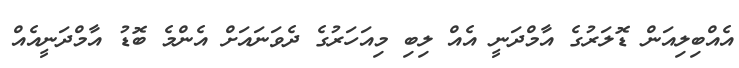
އެއްބިލިއަން ޑޮލަރުގެ އާމްދަނީ އެއް ލިބި މިއަހަރުގެ ދެވަނައަށް އެންމެ ބޮޑު އާމްދަނީއެއް